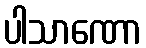
ပါသာဏော